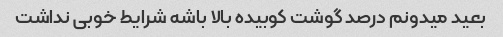
بعید میدونم درصد گوشت کوبیده بالا باشه شرایط خوبی نداشت